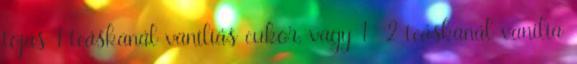
tojás 1 teáskanál vaníliás cukor, vagy 1 2 teáskanál vanília